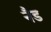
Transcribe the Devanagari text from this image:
नैड